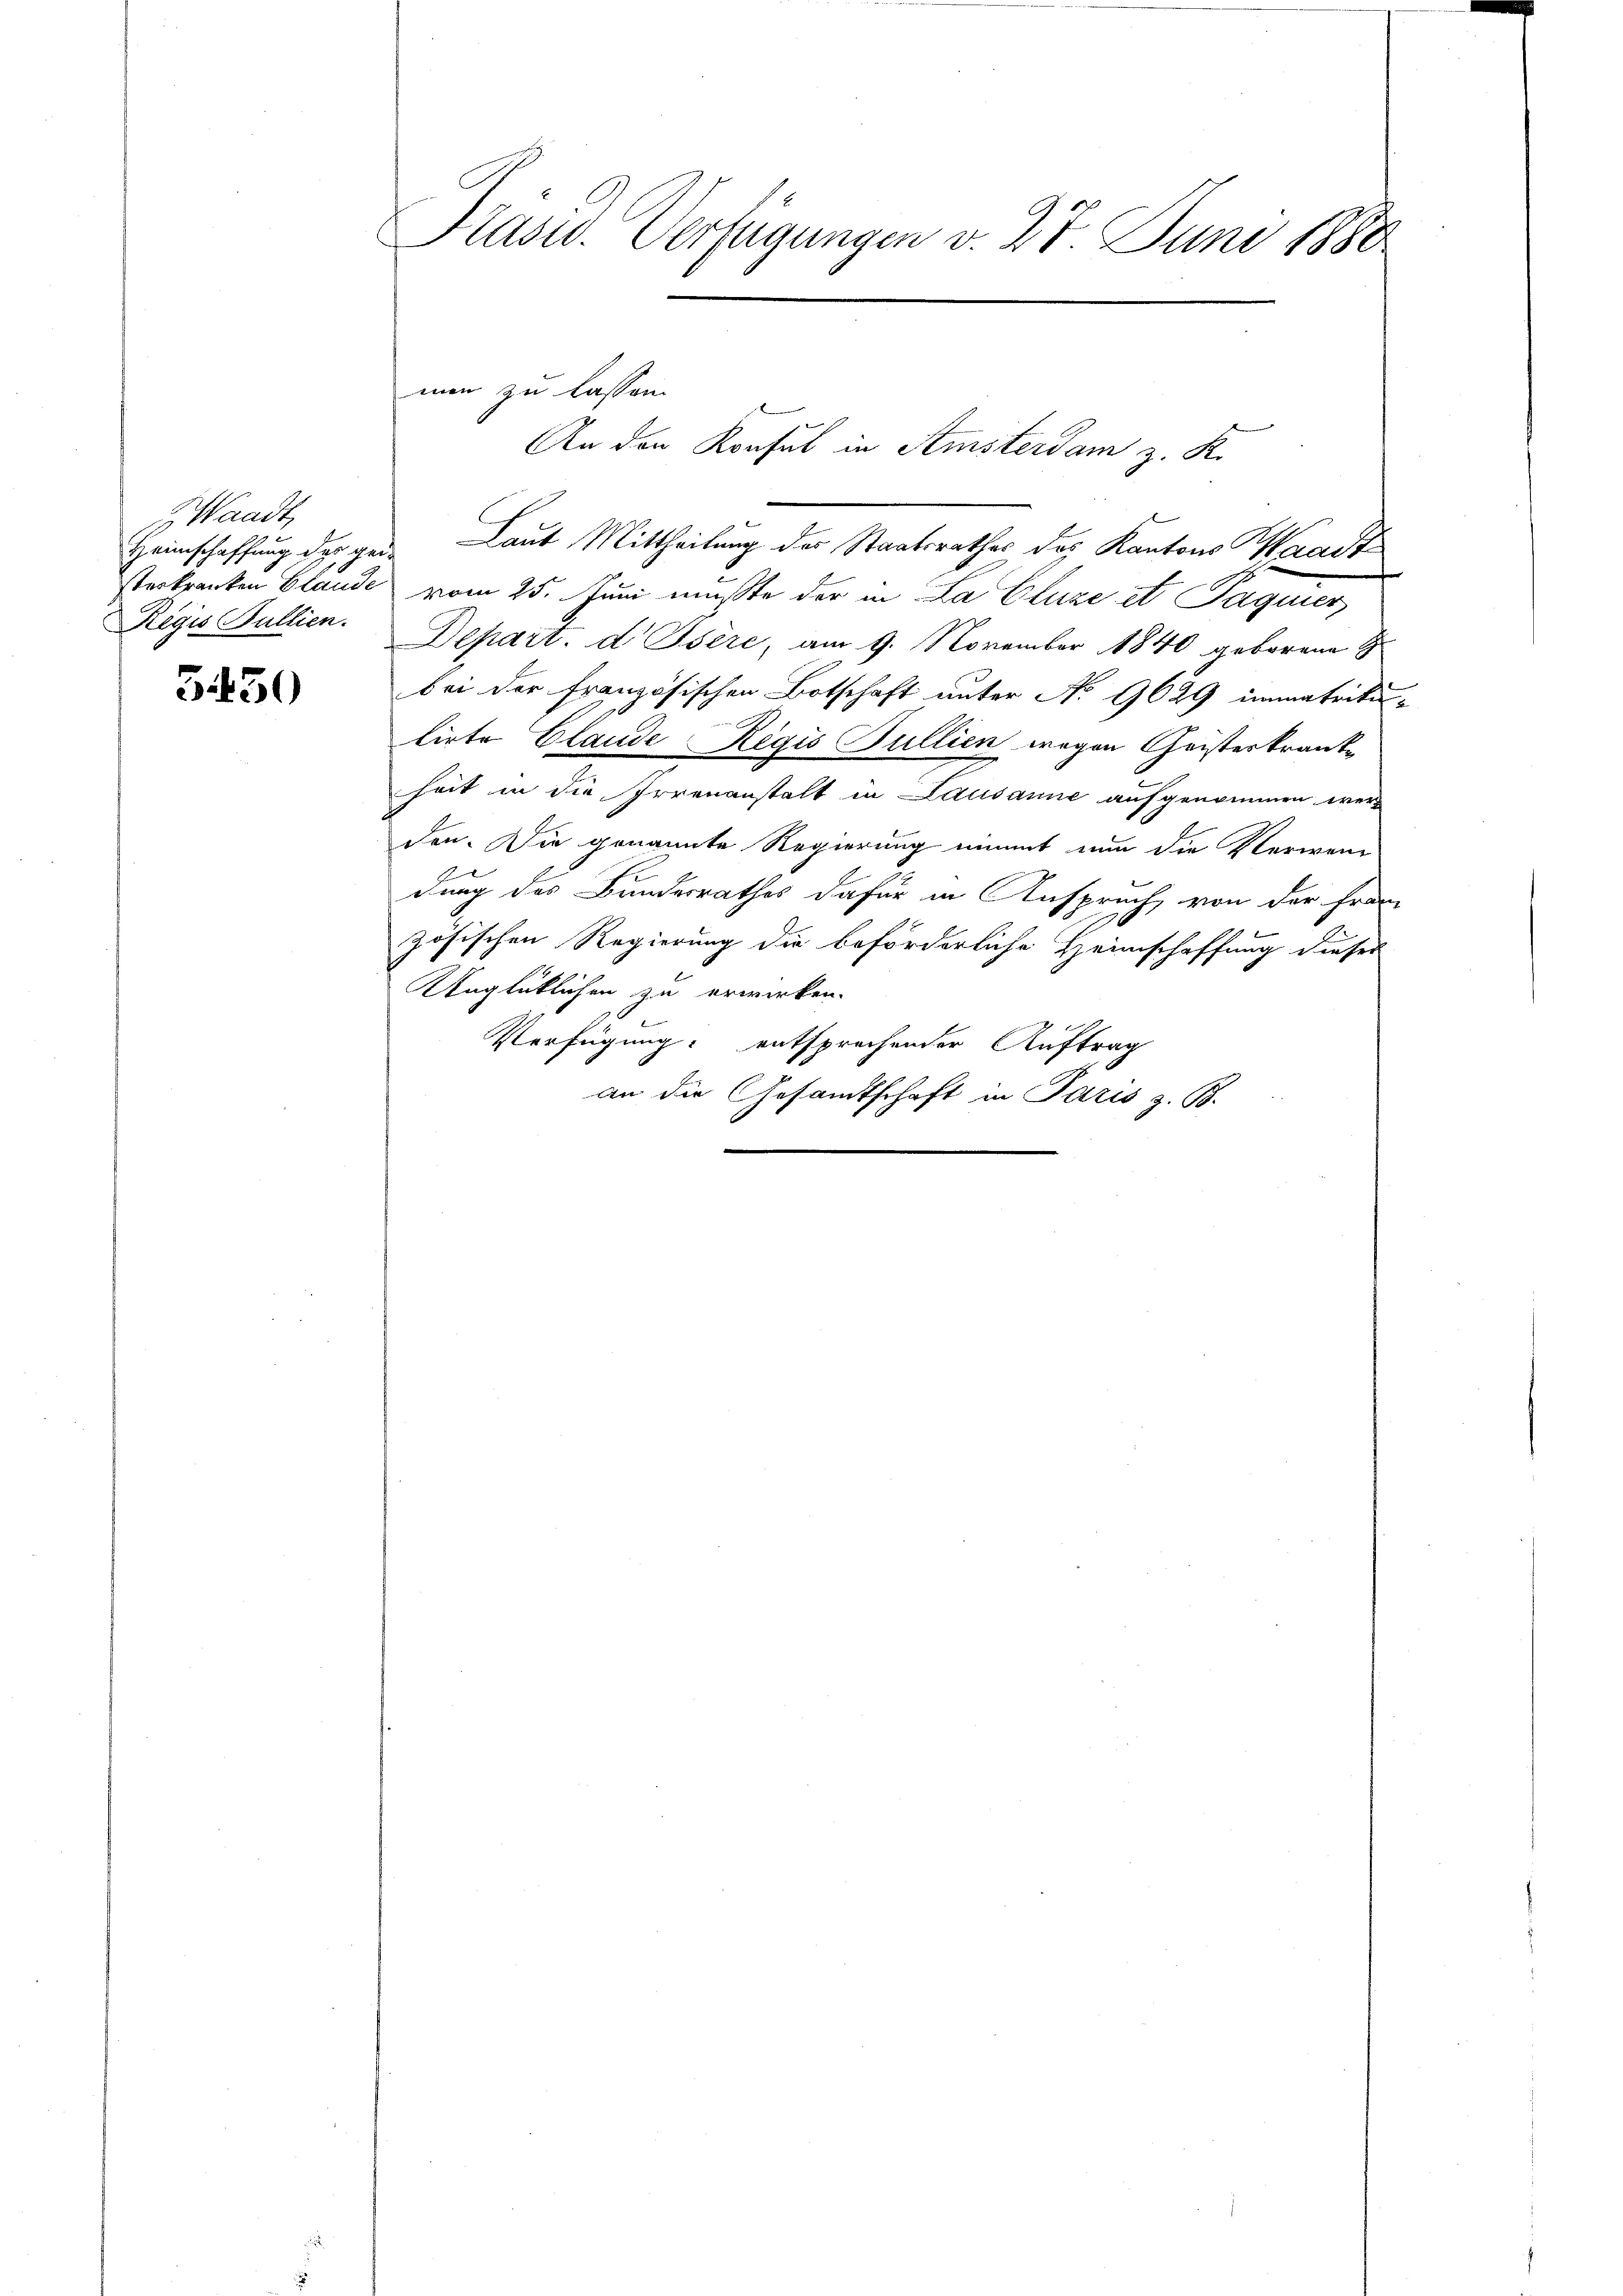
Waadt,
Rigis Pullien.

5430

Präsid. Verfügungen v. 27. Juni 1880

Heimschaffung der gei- Laut Mittheilung des Staatsrathes das Kantons Waadt
Sterkranken Claude vom 25. Juni mußte der in La Cluze et Paguier
Depart. d Isère, am 9. November 1840 geborene G
bei der französischen Botschaft unter No 9629 immatrikulirte Claude Regis Jullien wegen Geisterkrankheit in die Irrenanstalt in Lausanne aufgenommen wer
den. Die genannte Regierung nimmt nun die Verwen-
e
dung des Bundesrathes dafür in Anspruch, von der Franz
zösischen Regierung die beförderliche Heimschaffung dieses
Unglüklichen zu erwirken.
Verfügung entsprechender Auftrag
an die Gesandtschaft in Paris z. B.

men zu lassen.
An den Konsul in Amsterdam z. K.